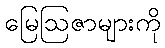
မြေဩဇာများကို